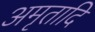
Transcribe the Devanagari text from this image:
अमृतादि